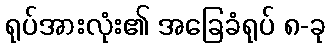
ရုပ်အားလုံး၏ အခြေခံရုပ် ၈-ခု